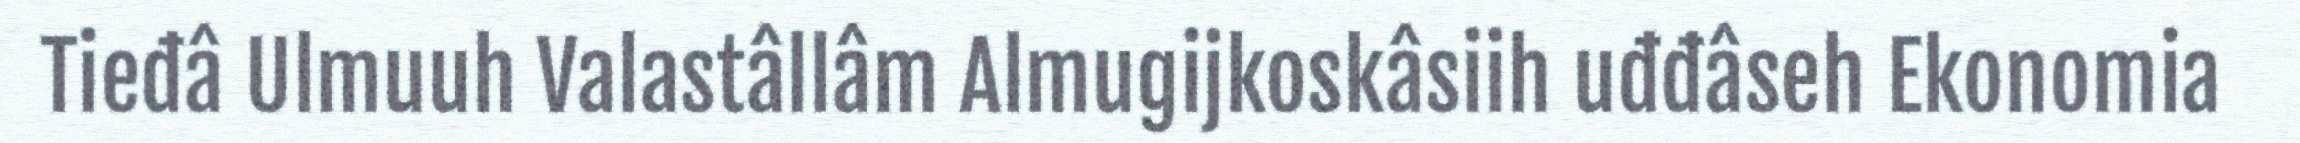
Tieđâ Ulmuuh Valastâllâm Almugijkoskâsiih uđđâseh Ekonomia